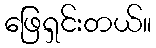
ဖြေရှင်းတယ်။